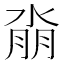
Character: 𰜆